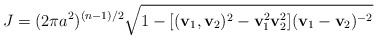
\begin{align*}J=(2\pi a^{2})^{(n-1)/2}\sqrt{1-[({\bf v}_1 ,{\bf v}_2 )^{2}- {\bf v}_1^{2}{\bf v}_2^{2}]({\bf v}_1 -{\bf v}_2 )^{-2}} \end{align*}